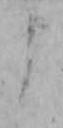
よ